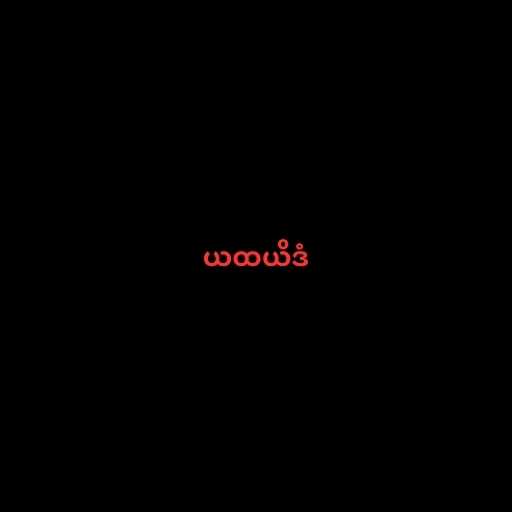
ယထယိဒံ